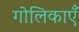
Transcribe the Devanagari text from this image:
गोलिकाएँ